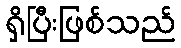
ရှိပြီးဖြစ်သည်